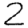
Digit: 2